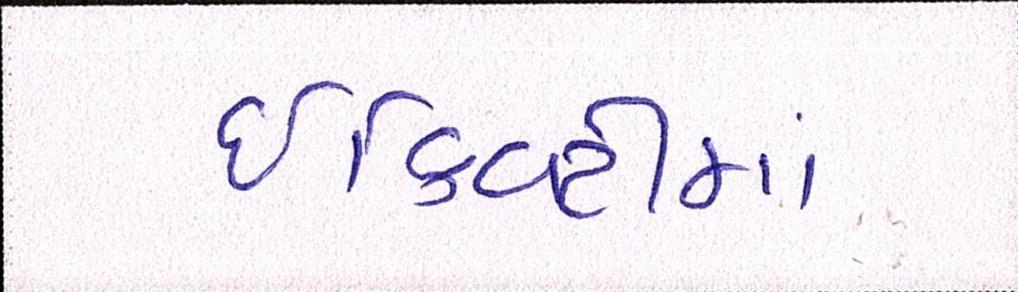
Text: ઇક્વિટીમાં